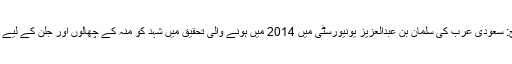
منہ چھالوں اور جلن کا علاج: سعودی عرب کی سلمان بن عبدالعزیز یونیورسٹی میں 2014 میں ہونے والی تحقیق میں شہد کو منہ کے چھالوں اور جلن کے لیے بہترین دوا قرار دیا ہے گیا ۔